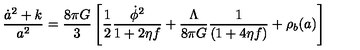
\frac { \dot { a } ^ { 2 } + k } { a ^ { 2 } } = \frac { 8 \pi G } { 3 } \left[ \frac { 1 } { 2 } \frac { \dot { \phi } ^ { 2 } } { 1 + 2 \eta f } + \frac { \Lambda } { 8 \pi G } \frac { 1 } { ( 1 + 4 \eta f ) } + { \rho _ { b } ( a ) } \right]